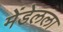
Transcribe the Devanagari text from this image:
मेंडेलला